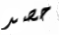
حصد